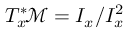
T _ { x } ^ { * } \! { \mathcal { M } } = I _ { x } / I _ { x } ^ { 2 }